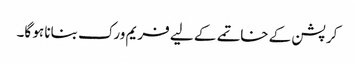
کرپشن کے خاتمے کے لیے فریم ورک بنانا ہو گا۔